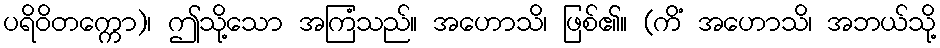
ပရိဝိတက္ကော)၊ ဤသို့သော အကြံသည်။ အဟောသိ၊ ဖြစ်၏။ (ကိံ အဟောသိ၊ အဘယ်သို့